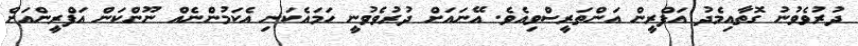
ދުރުވެވުނު ގޮތާއިމެދު އަފްރީން އަންތަރީސްވިއެވެ. އޭނައަށް ދުރުވެވުނީ ހަމައެކަނި އެކަމުންނެއް ނޫންކަން އަފްރީންއަށް